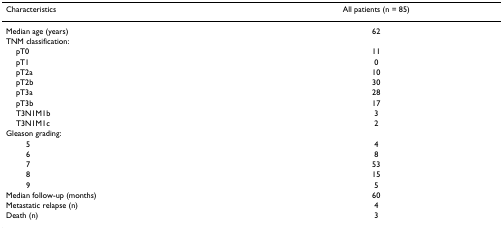
| Characteristics | All patients (n = 85) |
 | --- | --- |
 | Median age (years) | 62 |
 | TNM classification: |  |
 | pT0 | 11 |
 | pT1 | 0 |
 | pT2a | 10 |
 | pT2b | 30 |
 | pT3a | 28 |
 | pT3b | 17 |
 | T3N1M1b | 3 |
 | T3N1M1c | 2 |
 | Gleason grading: |  |
 | 5 | 4 |
 | 6 | 8 |
 | 7 | 53 |
 | 8 | 15 |
 | 9 | 5 |
 | Median follow-up (months) | 60 |
 | Metastatic relapse (n) | 4 |
 | Death (n) | 3 |